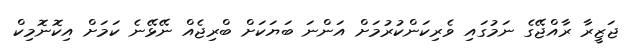
ޖަޒީރާ ރާއްޖޭގެ ނަމުގައި ވެރިކަންކުރުމަށް އަންނަ ބަޔަކަށް ބްރިޖެއް ނޭޅޭނެ ކަމަށް އިކޮނޮމިކް